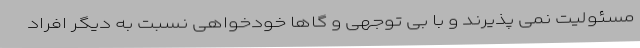
مسئولیت نمی پذیرند و با بی توجهی و گاها خودخواهی نسبت به دیگر افراد